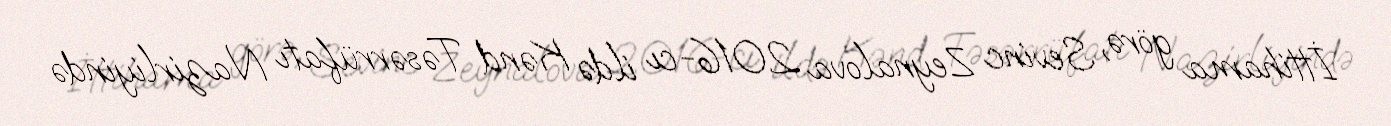
İttihama görə, Sevinc Zeynalova 2016-cı ildə Kənd Təsərrüfatı Nazirliyində